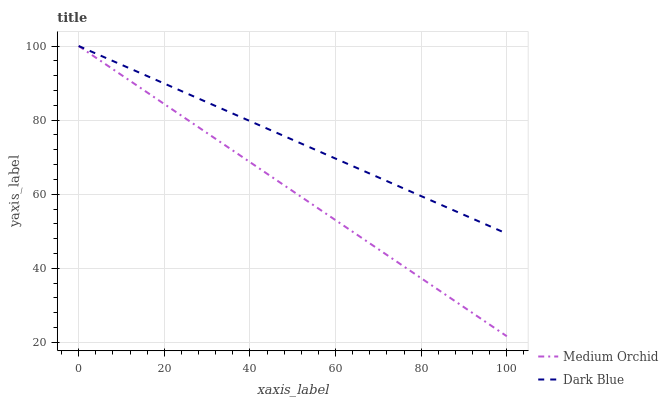
| xaxis_label | Medium Orchid | Dark Blue |
 | --- | --- | --- |
 | 0 | 100 | 100 |
 | 16.7 | 86.9 | 91.6 |
 | 33.3 | 73.9 | 83.1 |
 | 50 | 60.8 | 74.7 |
 | 66.7 | 47.8 | 66.2 |
 | 83.3 | 34.7 | 57.8 |
 | 100 | 21.7 | 49.3 |